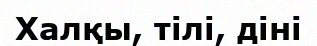
Халқы, тілі, діні